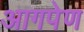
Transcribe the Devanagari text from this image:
आगपेण